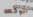
أتوقعه